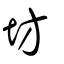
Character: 坊